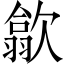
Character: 歙